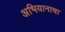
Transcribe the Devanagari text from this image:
अभियानाचा